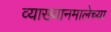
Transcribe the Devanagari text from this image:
व्याख्यानमालेच्या